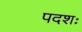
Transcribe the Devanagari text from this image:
पदशः